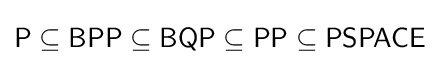
{\mathsf {P\subseteq BPP\subseteq BQP\subseteq PP\subseteq PSPACE}}